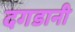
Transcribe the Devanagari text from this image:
दगडानी